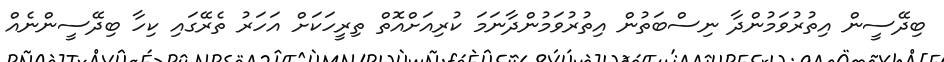
ބިދޭސީން އިތުރުވަމުންދާ ނިސްބަތުން އިތުރުވަމުންދާނަމަ ކުރިއަށްއޮތް ތިރީހަކަށް އަހަރު ތެރޭގައި ކިހާ ބިދޭސީންނެއް